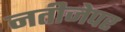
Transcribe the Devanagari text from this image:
नतीजेपर